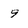
Character: 9